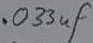
Text: .033µF